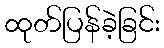
ထုတ်ပြန်ခဲ့ခြင်း